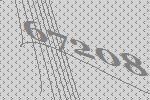
67208